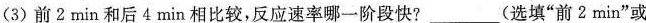
(3)前2min和后4min相比较，反应速率哪一阶段快?___(选填”前2min”或